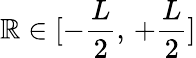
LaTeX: \mathbb{R}\in[-\frac{{L}}{{2}},\, +\frac{{L}}{{2}}]